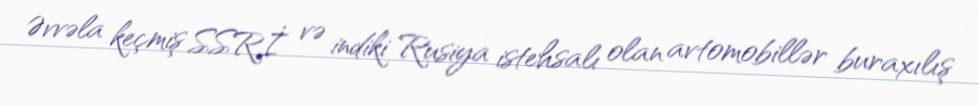
Əvvəla keçmiş SSRİ və indiki Rusiya istehsalı olan avtomobillər buraxılış